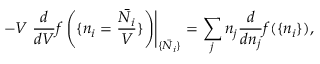
- V \left. \frac { d } { d V } f \left( \{ n _ { i } = \frac { \bar { N _ { i } } } { V } \} \right) \right| _ { \{ \bar { N _ { i } } \} } = \sum _ { j } n _ { j } \frac { d } { d n _ { j } } f ( \{ n _ { i } \} ) ,